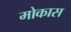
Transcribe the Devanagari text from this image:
मोकास